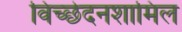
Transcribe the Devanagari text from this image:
विच्छेदनशामिल